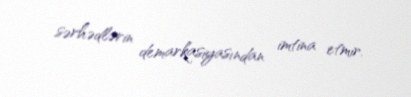
sərhədlərin demarkasiyasından imtina etmir.